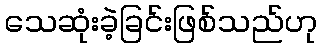
သေဆုံးခဲ့ခြင်းဖြစ်သည်ဟု